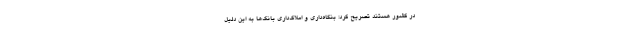
در کشور هستند تصریح کرد: بنگاه‌داری و املاک‌داری بانک‌ها به این دلیل